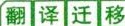
翻 译 迁 移